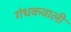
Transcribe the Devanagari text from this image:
गंधकवाली